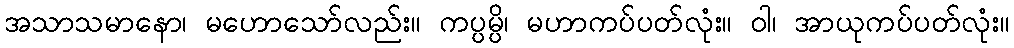
အသာသမာနော၊ မဟောသော်လည်း။ ကပ္ပမ္ပိ၊ မဟာကပ်ပတ်လုံး။ ဝါ၊ အာယုကပ်ပတ်လုံး။